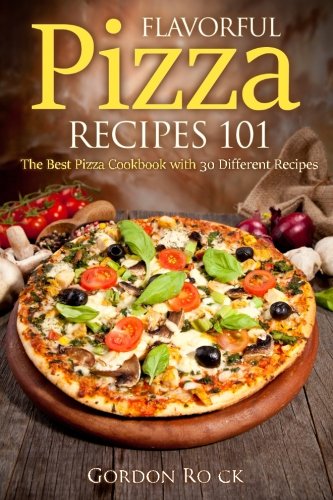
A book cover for Flavorful Pizza Recipes 101: The Best Pizza Cookbook with 30 Different Recipes (Pizza Bible); Gordon Rock; Cookbooks, Food & Wine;